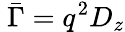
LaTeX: \ {\bar{\Gamma}}=q^{2}D_{z}